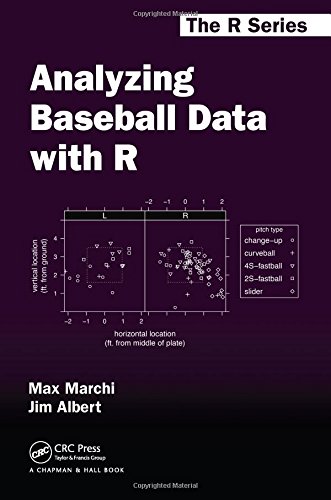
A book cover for Analyzing Baseball Data with R (Chapman & Hall/CRC The R Series); Max Marchi; Sports & Outdoors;